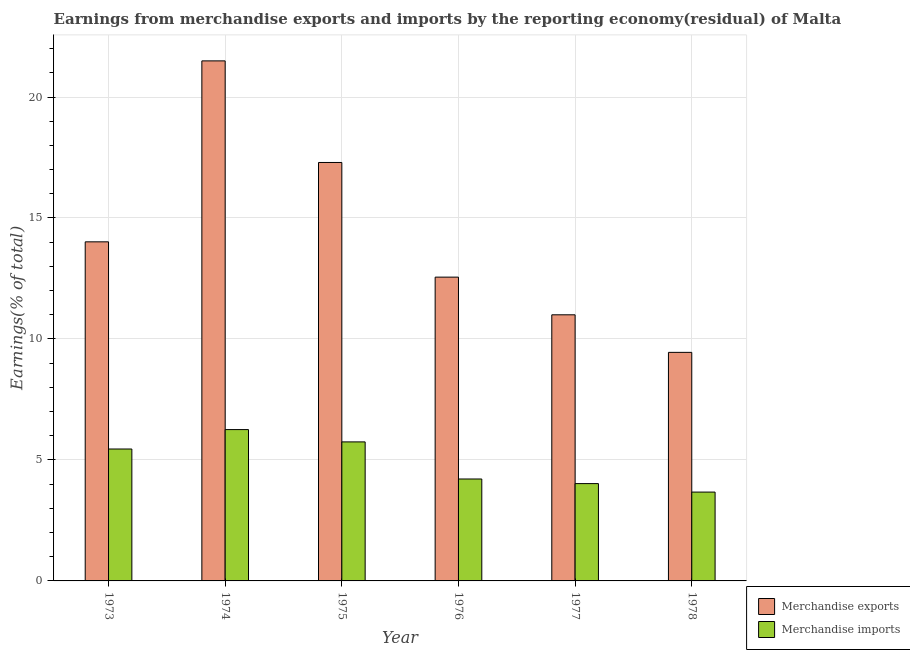
| Year | Merchandise exports | Merchandise imports |
 | --- | --- | --- |
 | 1973 | 14 | 5.45 |
 | 1974 | 21.5 | 6.25 |
 | 1975 | 17.3 | 5.75 |
 | 1976 | 12.6 | 4.21 |
 | 1977 | 11 | 4.02 |
 | 1978 | 9.45 | 3.67 |